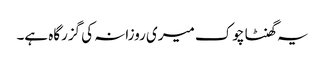
یہ گھنٹا چوک میری روزانہ کی گزرگاہ ہے۔